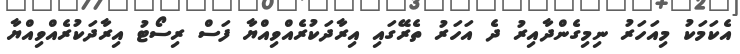
އެކަމަކު މިއަހަރު ނިމިގެންދާއިރު ދެ އަހަރު ތެރޭގައި އިރާދަކުރެއްވިއްޔާ ފަސް ރިސޯޓު އިރާދަކުރެއްވިއްޔާ